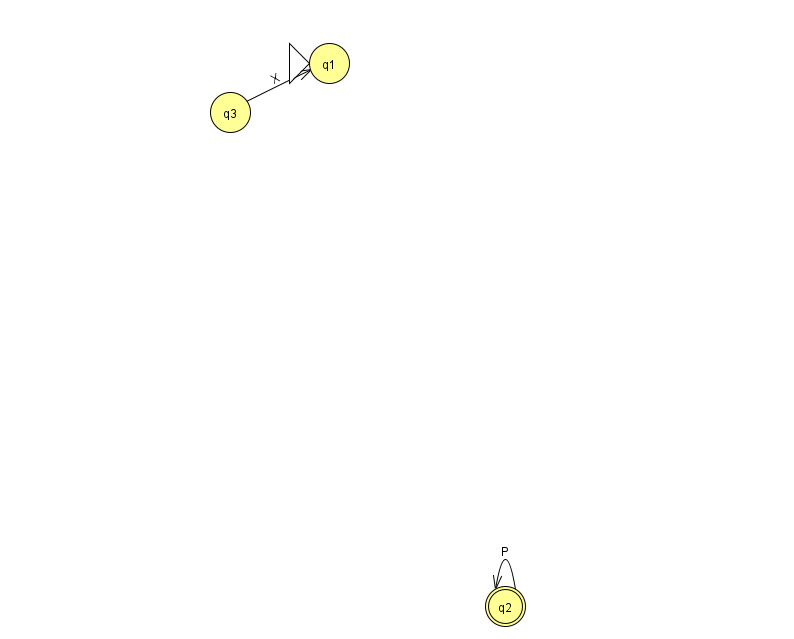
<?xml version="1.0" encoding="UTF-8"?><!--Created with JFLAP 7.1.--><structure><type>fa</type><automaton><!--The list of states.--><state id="1" name="q1"><x>329.0</x><y>50.0</y><initial/></state><state id="2" name="q2"><x>505.0</x><y>593.0</y><final/></state><state id="3" name="q3"><x>230.0</x><y>99.0</y></state><!--The list of transitions.--><transition><from>2</from><to>2</to><read>P</read></transition><transition><from>3</from><to>1</to><read>X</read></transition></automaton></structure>